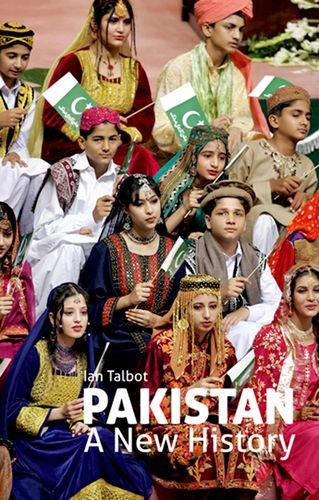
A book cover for Pakistan: A New History; Ian Talbot; History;